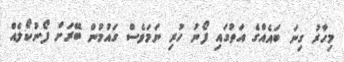
މިހާރު ގިނަ ބައެއްގެ އަތުގައި ފޯނު ހުރި ނަމަވެސް ގައުމުން ބޭރަށް ފޯނުކޯލެއް